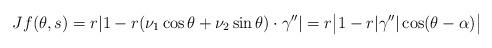
LaTeX: \begin{align*}Jf(\theta, s) = r |1 - r (\nu_1\cos \theta + \nu_2\sin\theta)\cdot \gamma''| = r\big|1 - r|\gamma''|\cos(\theta-\alpha) \big|\end{align*}